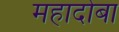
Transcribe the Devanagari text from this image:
महादोबा